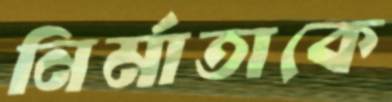
নির্মাতাকে